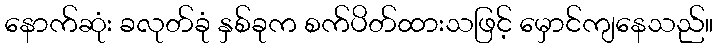
နောက်ဆုံး ခလုတ်ခုံ နှစ်ခုက စက်ပိတ်ထားသဖြင့် မှောင်ကျနေသည်။